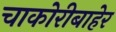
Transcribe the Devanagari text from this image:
चाकोरीबाहेर